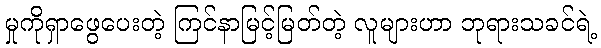
မှုကိုရှာဖွေပေးတဲ့ ကြင်နာမြင့်မြတ်တဲ့ လူများဟာ ဘုရားသခင်ရဲ့